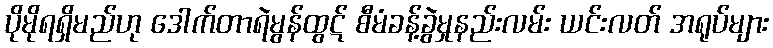
ပိုမိုရရှိမည်ဟု ဒေါက်တာရဲမွန်ထွဋ် စီမံခန့်ခွဲမှုနည်းလမ်း ယင်းလတ် အရုပ်များ